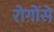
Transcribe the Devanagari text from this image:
रोगोंसे